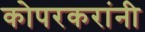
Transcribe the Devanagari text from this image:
कोपरकरांनी